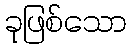
ခုဖြစ်သော